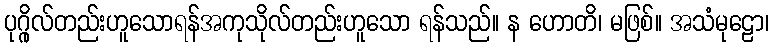
ပုဂ္ဂိုလ်တည်းဟူသောရန်အကုသိုလ်တည်းဟူသော ရန်သည်။ န ဟောတိ၊ မဖြစ်။ အသံမုဠော၊